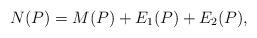
LaTeX: \begin{align*}N(P)= M(P) + E_1(P)+E_2(P),\end{align*}